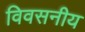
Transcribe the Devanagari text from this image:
विवसनीय